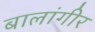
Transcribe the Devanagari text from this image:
बालांगीर